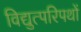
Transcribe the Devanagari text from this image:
विद्युत्परिपथों